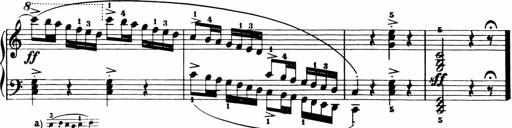
Title: 11 Sonatinas for Piano Solo
Composer: Anton Diabelli